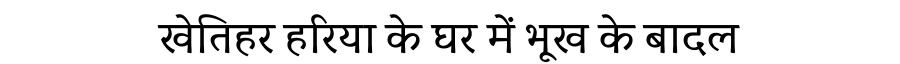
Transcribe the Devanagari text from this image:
खेतिहर हरिया के घर में भूख के बादल